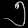
Digit: ၅